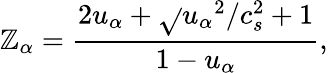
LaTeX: \mathbb{Z}_{\alpha}=\frac{{2u_{\alpha}+\sqrt{}{{{u_{\alpha}}^{2}/c_{s}^{2}+1}}}}{{1-u_{\alpha}}},